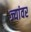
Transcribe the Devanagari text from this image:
ज्यांवर